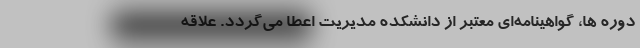
دوره ها، گواهینامه‌ای معتبر از دانشکده مدیریت اعطا می‌گردد. علاقه